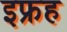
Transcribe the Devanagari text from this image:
इफ्रह